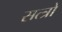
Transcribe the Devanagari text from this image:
सत्त्रो